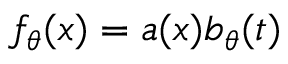
f _ { \theta } ( x ) = a ( x ) b _ { \theta } ( t )